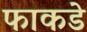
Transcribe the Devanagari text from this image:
फाकडे